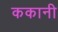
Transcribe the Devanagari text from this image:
ककानी